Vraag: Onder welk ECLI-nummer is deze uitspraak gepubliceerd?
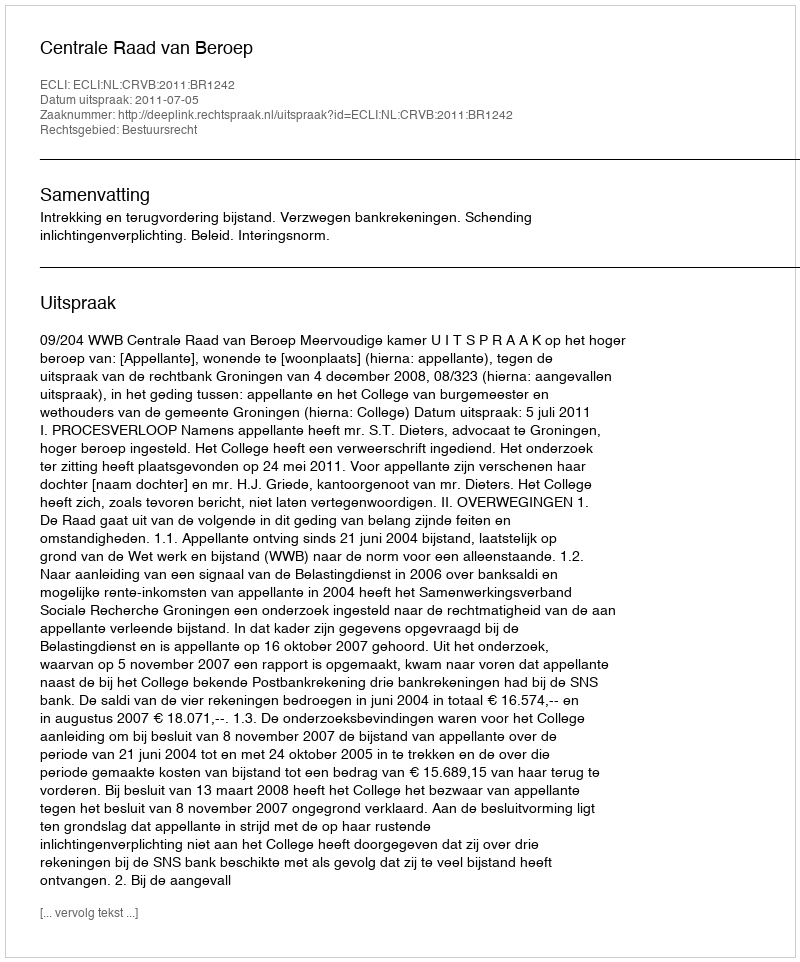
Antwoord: ECLI:NL:CRVB:2011:BR1242